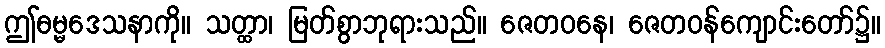
ဤဓမ္မဒေသနာကို။ သတ္ထာ၊ မြတ်စွာဘုရားသည်။ ဇေတဝနေ၊ ဇေတဝန်ကျောင်းတော်၌။